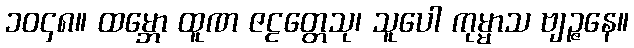
၁၀၄၈။ ထမ္ဘော ထူဏ ဇဠတ္တေသု၊ သူပေါ ကုမ္မာသ ဗျဉ္ဇနေ။